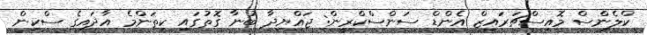
ކްލެންސް މޮއިސްޗަރައިޒް އެންޑް ސަންސްކްރީން: ޖައްޔިދާ ބުނާ ގޮތުގައި ކިތަންމެ އާދައިގެ ސްކިން